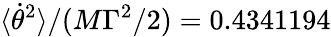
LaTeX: \langle\dot{\theta}^{2}\rangle/(M\Gamma^{2}/2)=0.4341194